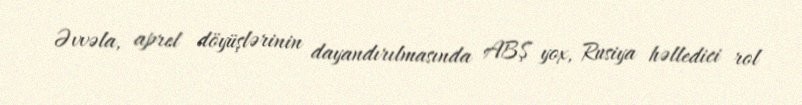
Əvvəla, aprel döyüşlərinin dayandırılmasında ABŞ yox, Rusiya həlledici rol